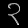
Digit: ၃